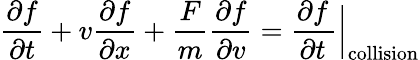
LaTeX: {\frac{\partial f}{\partial t}}+v{\frac{\partial f}{\partial x}}+{\frac{F}{m}}{\frac{\partial f}{\partial v}}={\frac{\partial f}{\partial t}}\left.{\! \! {\frac{}{}}}\right|_{\mathrm{collision}}